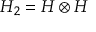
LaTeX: H _ { 2 } = H \otimes H